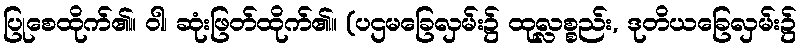
ပြုစေထိုက်၏။ ဝါ၊ ဆုံးဖြတ်ထိုက်၏။ (ပဌမခြေလှမ်း၌ ထုလ္လစ္စည်း, ဒုတိယခြေလှမ်း၌